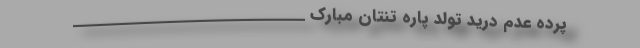
پرده عدم درید تولد پاره تنتان مبارک _____________________________